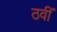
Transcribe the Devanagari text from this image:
ठवीं